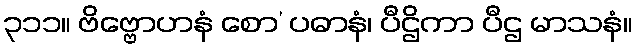
၃၁၁။ ဗိဗ္ဗောဟနံ စော’ ပဓာနံ၊ ပီဌိကာ ပီဌ မာသနံ။